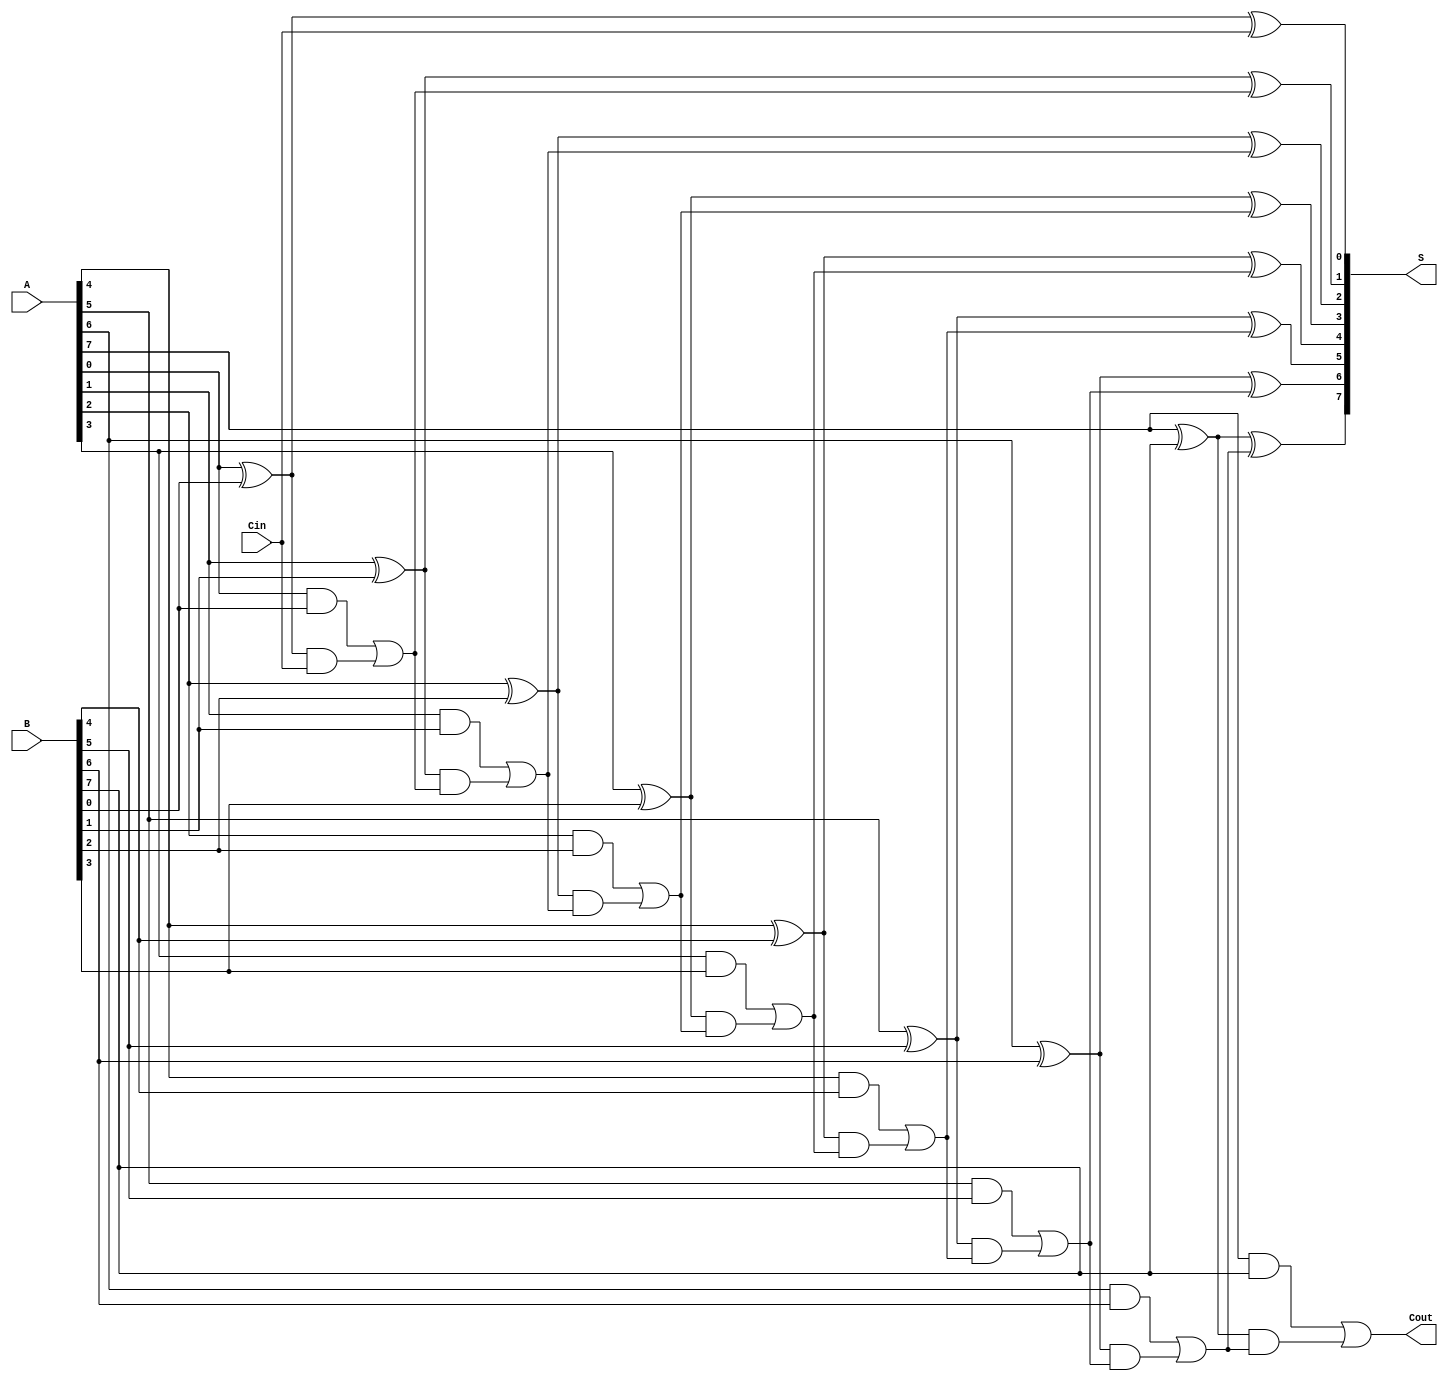
module PrecomputationCarryAdder #(parameter N = 8) (
    input  [N-1:0] A,         // n-bit binary number A
    input  [N-1:0] B,         // n-bit binary number B
    input           Cin,       // Carry-in
    output [N-1:0] S,         // n-bit sum output
    output          Cout       // Carry-out
);

    wire [N:0] C;  // Carry array, C[0] is Cin, C[N] is Cout
    wire [N-1:0] P; // Propagate signal array
    wire [N-1:0] G; // Generate signal array

    // Generate and Propagate logic
    genvar i;
    generate
        for (i = 0; i < N; i = i + 1) begin : gen_prop
            assign P[i] = A[i] ^ B[i]; // Propagate: P[i] = A[i] XOR B[i]
            assign G[i] = A[i] & B[i]; // Generate: G[i] = A[i] AND B[i]
        end
    endgenerate

    // Carry generation
    assign C[0] = Cin; // The first carry is the carry-in

    generate
        for (i = 1; i <= N; i = i + 1) begin : carry_gen
            assign C[i] = G[i-1] | (P[i-1] & C[i-1]); // Carry: C[i] = G[i-1] OR (P[i-1] AND C[i-1])
        end
    endgenerate

    // Sum calculation
    generate
        for (i = 0; i < N; i = i + 1) begin : sum_cal
            assign S[i] = P[i] ^ C[i]; // Sum: S[i] = P[i] XOR C[i]
        end
    endgenerate

    // Final carry out
    assign Cout = C[N]; // Carry out is the carry from the last bit

endmodule